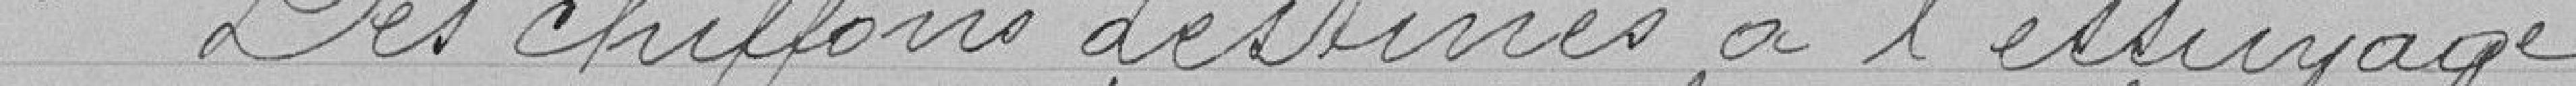
5° Des chiffons destinés à l'essuyage